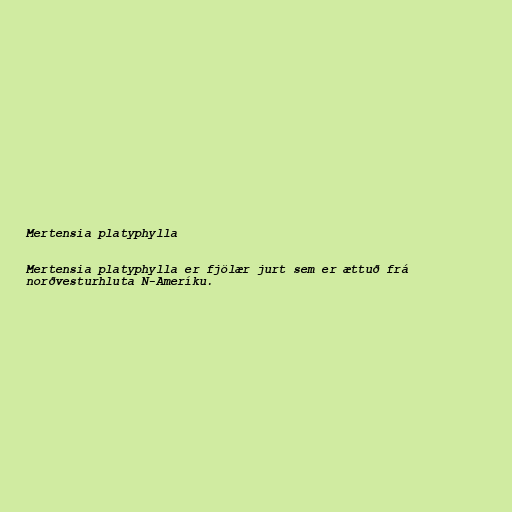
Mertensia platyphylla

Mertensia platyphylla er fjölær jurt sem er ættuð frá
norðvesturhluta N-Ameríku.